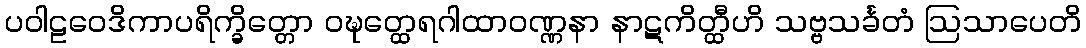
ပဝါဠဝေဒိကာပရိက္ခိတ္တော ဝဍ္ဎတ္ထေရဂါထာဝဏ္ဏနာ နာဋကိတ္ထီဟိ သဗ္ဗသင်္ခတံ ဩသာပေတိ